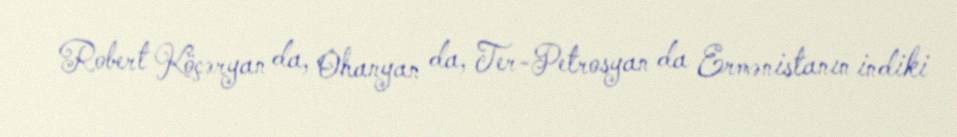
Robert Köçəryan da, Ohanyan da, Ter-Petrosyan da Ermənistanın indiki